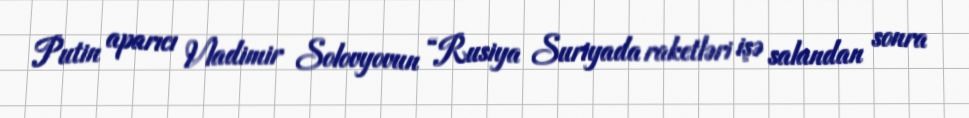
Putin aparıcı Vladimir Solovyovun “Rusiya Suriyada raketləri işə salandan sonra